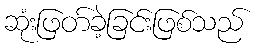
ဆုံးဖြတ်ခဲ့ခြင်းဖြစ်သည်